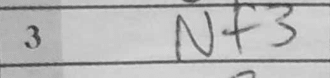
Transcription: Nf3